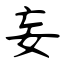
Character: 妄